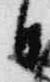
日